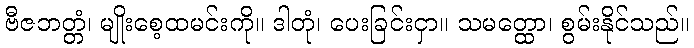
ဗီဇဘတ္တံ၊ မျိုးစေ့ထမင်းကို။ ဒါတုံ၊ ပေးခြင်းငှာ။ သမတ္ထော၊ စွမ်းနိုင်သည်။